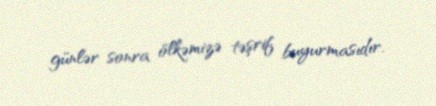
günlər sonra ölkəmizə təşrif buyurmasıdır.